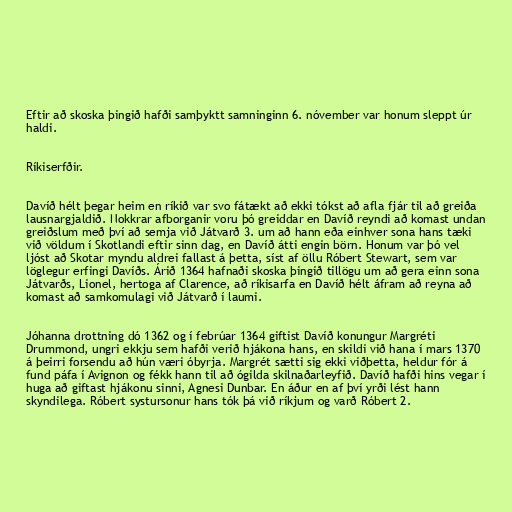
Eftir að skoska þingið hafði samþyktt samninginn 6. nóvember var honum sleppt úr
haldi.

Ríkiserfðir.

Davíð hélt þegar heim en ríkið var svo fátækt að ekki tókst að afla fjár til að greiða
lausnargjaldið. Nokkrar afborganir voru þó greiddar en Davíð reyndi að komast undan
greiðslum með því að semja við Játvarð 3. um að hann eða einhver sona hans tæki
við völdum í Skotlandi eftir sinn dag, en Davíð átti engin börn. Honum var þó vel
ljóst að Skotar myndu aldrei fallast á þetta, síst af öllu Róbert Stewart, sem var
löglegur erfingi Davíðs. Árið 1364 hafnaði skoska þingið tillögu um að gera einn sona
Játvarðs, Lionel, hertoga af Clarence, að ríkisarfa en Davíð hélt áfram að reyna að
komast að samkomulagi við Játvarð í laumi.

Jóhanna drottning dó 1362 og í febrúar 1364 giftist Davíð konungur Margréti
Drummond, ungri ekkju sem hafði verið hjákona hans, en skildi við hana í mars 1370
á þeirri forsendu að hún væri óbyrja. Margrét sætti sig ekki viðþetta, heldur fór á
fund páfa í Avignon og fékk hann til að ógilda skilnaðarleyfið. Davíð hafði hins vegar í
huga að giftast hjákonu sinni, Agnesi Dunbar. En áður en af því yrði lést hann
skyndilega. Róbert systursonur hans tók þá við ríkjum og varð Róbert 2.